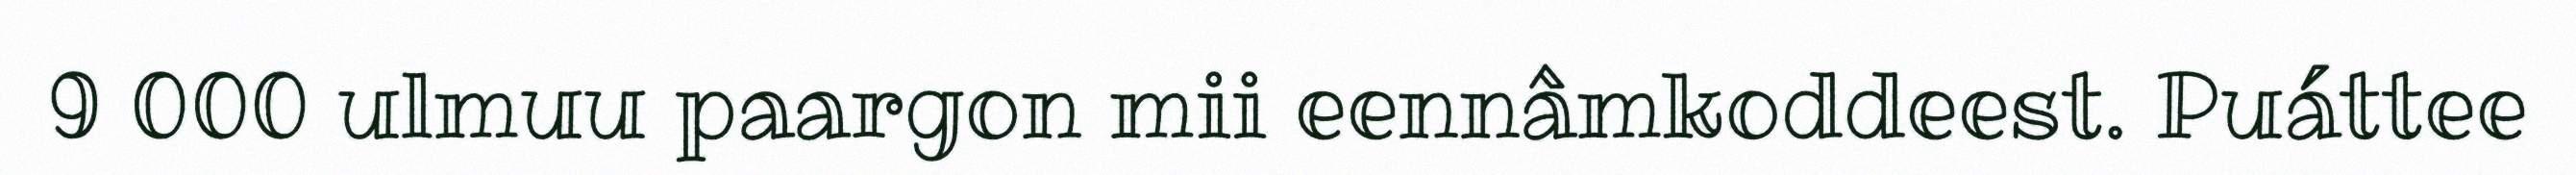
9 000 ulmuu paargon mii eennâmkoddeest. Puáttee